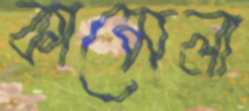
কামেলা